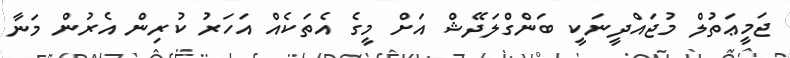
ޖަމީޢަތުލް މުޖައްދީނަކީ ބަންގްލަދޭޝް އަށް މީގެ އެތަކެއް އަހަރު ކުރިން އެރުން މަނާ